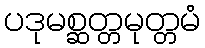
ပဒုမစ္ဆတ္တမုတ္တမံ